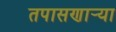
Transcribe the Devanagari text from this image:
तपासणार्‍या